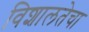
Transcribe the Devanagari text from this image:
विशालतेचा